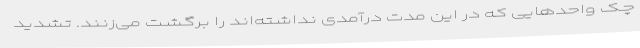
چک واحدهایی که در این مدت درآمدی نداشته‌اند را برگشت می‌زنند. تشدید